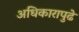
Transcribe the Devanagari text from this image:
अधिकारापुढे